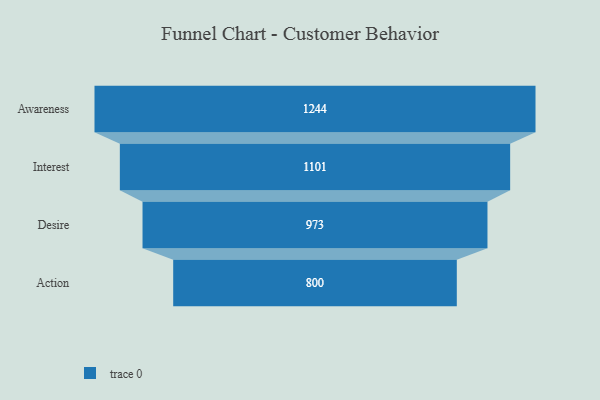
{"axis": {"x": "Stage", "y": "Value"}, "legend": [""], "data": [{"x": "Awareness", "y": 1244.0, "type": ""}, {"x": "Interest", "y": 1101.0, "type": ""}, {"x": "Desire", "y": 973.0, "type": ""}, {"x": "Action", "y": 800.0, "type": ""}]}